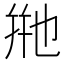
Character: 𬼩